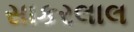
સાકરલાલ